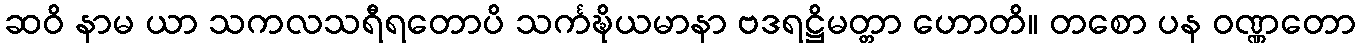
ဆဝိ နာမ ယာ သကလသရီရတောပိ သင်္ကဍ္ဎိယမာနာ ဗဒရဋ္ဌိမတ္တာ ဟောတိ။ တစော ပန ဝဏ္ဏတော